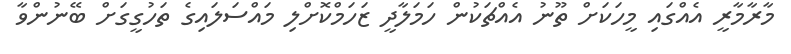
މާރާމާރީ އެއްގައި މީހަކަށް ތޫނު އެއްޗަކުން ހަމަލާދީ ޒަހަމްކޮށްލި މައްސަލައިގެ ތަހުގީގަށް ބޭނުންވާ